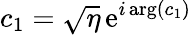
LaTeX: c_{1}=\sqrt{\eta}\, \mathrm{e}^{i\arg(c_{1})}